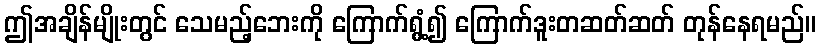
ဤအချိန်မျိုးတွင် သေမည့်ဘေးကို ကြောက်ရွံ့၍ ကြောက်ဒူးတဆတ်ဆတ် တုန်နေရမည်။